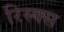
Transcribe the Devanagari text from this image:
रिस्क्स